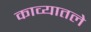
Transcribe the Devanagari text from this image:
काव्यातले